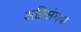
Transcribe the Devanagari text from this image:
अग्निसंभवा